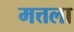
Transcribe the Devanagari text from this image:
मत्तला